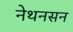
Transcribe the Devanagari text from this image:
नेथनसन